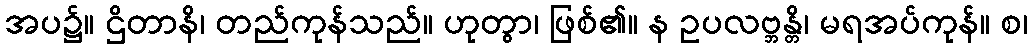
အပ၌။ ဌိတာနိ၊ တည်ကုန်သည်။ ဟုတွာ၊ ဖြစ်၏။ န ဥပလဗ္ဘန္တိ၊ မရအပ်ကုန်။ စ၊